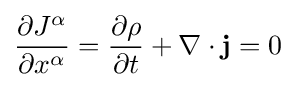
{\dfrac {\partial J^{\alpha }}{\partial x^{\alpha }}}={\frac {\partial \rho }{\partial t}}+\nabla \cdot \mathbf {j} =0